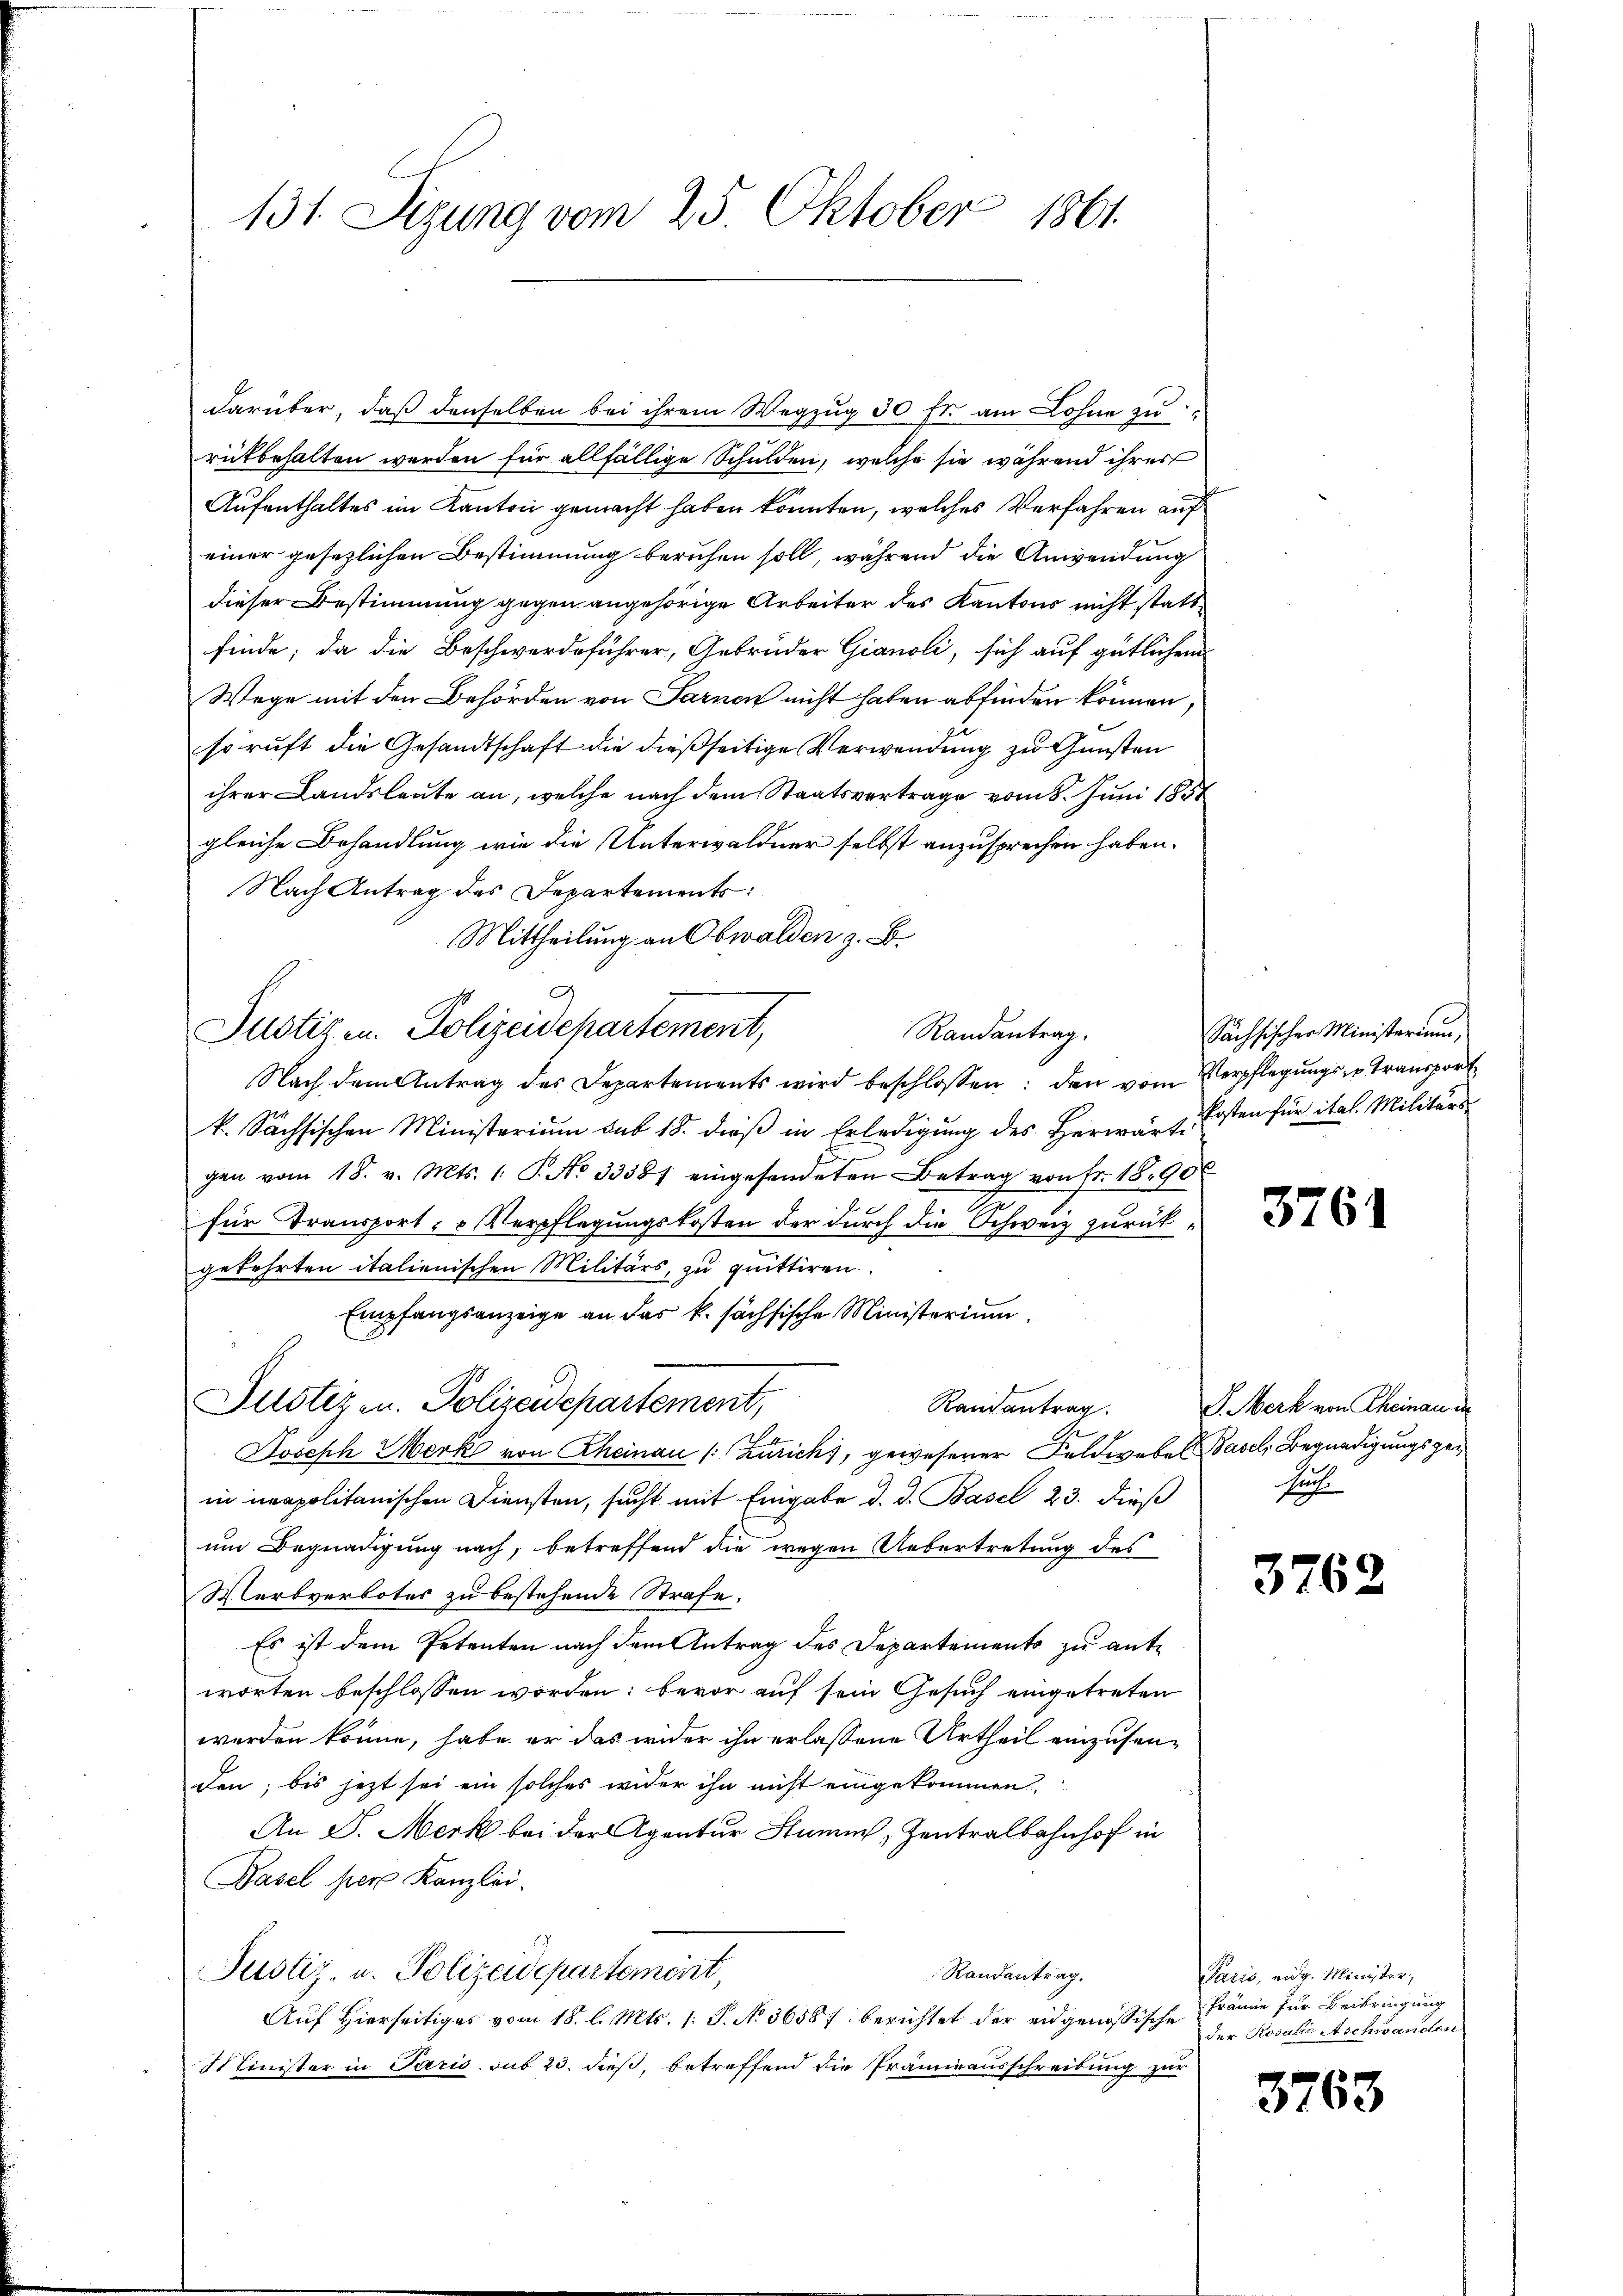
131. Sizung vom 25. Oktober 1861.

darüber, daß denselben bei ihrem Wegzŭg 30 fr. am Lohne zu
ritbehalten worden für allfällige Schulden, welche sie während ihrer
Aufenthaltes im Kanton gemacht haben konnten, welches Verfahren auf
einer gesezlichen Bestimmung beruhen soll, während die Anwendung
dieser Bestimmung gegen angehörige Arbeiter des Kantons nicht stattfinde; da die Beschwerdeführer, Gebrüder Gianoli, sich auf gütlichem
Wege mit den Behörden von Sarnen nicht haben abfinden können,
so ruft die Gesandtschaft die dießseitige Verwendung zu Gunsten
ihrer Landsleute an, welche nach dem Staatsvertrage vom 8. Juni 1851
gleiche Behandlung wie die Unterwaldner selbst anzusprechen haben.
Nach Antrag des Departements:
Mittheilung an Obwalden z. B.
A
Justizen. Polizeidepartement,
Randantrag.
Nach dem Antrag des Departements wird beschlossen: den vom Verpflegungs - Transport
k. Sächsischen Ministerium sub 18. dieβ in Erledigung des Herwart. Ersten für ital. Militär
gan vom 18. v. Mts. 1. P. No 33587 eingesendeten Betrag von fr. 1890
de
für Transport- u Verpflegungskosten der durch die Schweiz zurückgekehrten italienischen Militärs, zu quittiren.
Empfangsanzeige an das k. sächsische Ministerium
Justizen. Polizeidepartement,
Randantrag.
Joseph Merke von Rheinau (Zürich), gewesener Feldwebel Basel, Begnadigungsgein neapolitanischen Diensten, sucht mit Eingabe d. d. Basel 23. dieß
um Begnadigung nach, betreffend die wegen Uebertretung des
Merbverbotes zu bestehende Strafe.
Es ist dem Petenten nach dem Antrag des Departements zu antworten beschlossen worden; bevor auf sein Gesuch eingetreten
werden könne, habe er das wider ihn erlassene Urtheil einzusenden; bis jetzt sei ein solches wider ihn nicht eingekommen,
An P. Merk bei der Agentur Stumm, Zentralbahnhof in
Pasel per Kanzlei.
Justiz- u. Polizeidepartement,
Randantrag.
Auf Hierseitiges vom 18. l. Mts. 1. S. No. 3658) berichtet der eidgenössische
Minister in Paris. sub 23. dieß, betreffend die Prämieausschreibung zur

Sächsischer Ministerium,

3761

J. Merk von Theinau in
such

3762

Paris, eit. Minister,
Prämie für Beibringung
der Rosalie Aschwanden

3763